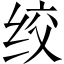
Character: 绞